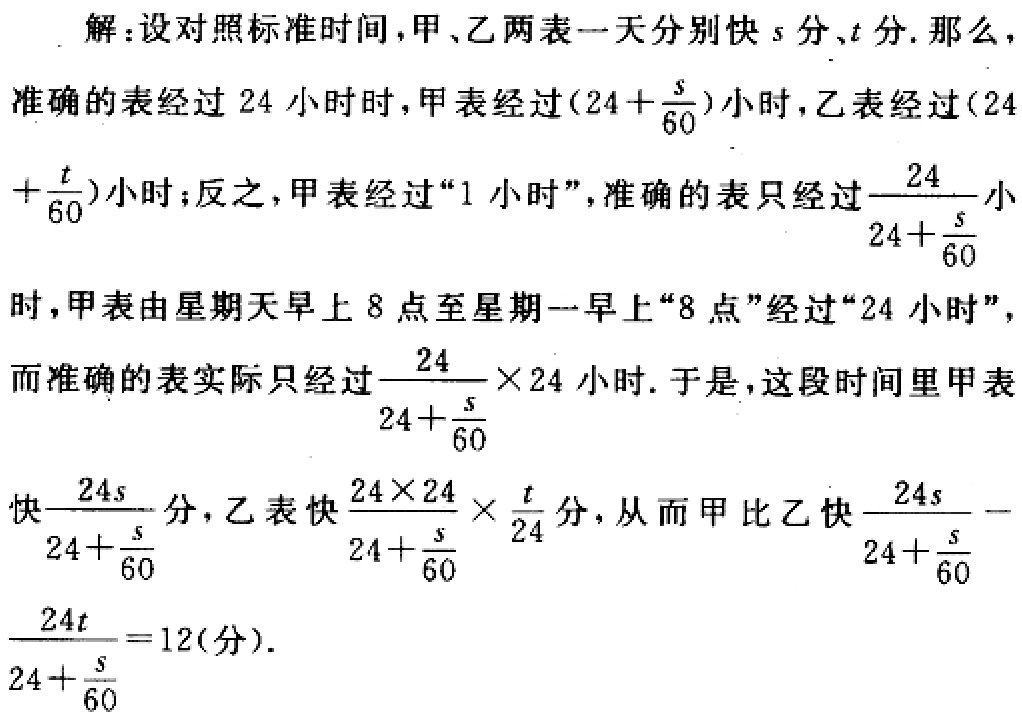
解：设对照标准时间，甲、乙两表一天分别快\(s\)分、\(t\)分. 那么，
准确的表经过\(24\)小时时，甲表经过\((24 + \frac{s}{60})\)小时，乙表经过\((24 + \frac{t}{60})\)小时；反之，甲表经过“\(1\)小时”，准确的表只经过\(\frac{24}{24 + \frac{s}{60}}\)小
时，甲表由星期天早上\(8\)点至星期一早上“\(8\)点”经过“\(24\)小时”，
而准确的表实际只经过\(\frac{24}{24 + \frac{s}{60}}×24\)小时. 于是，这段时间里甲表
快\(\frac{24s}{24 + \frac{s}{60}}\)分，乙表快\(\frac{24×24}{24 + \frac{s}{60}}×\frac{t}{24}\)分，从而甲比乙快\(\frac{24s}{24 + \frac{s}{60}} - \frac{24t}{24 + \frac{s}{60}} = 12(\text{分})\).